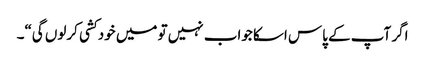
اگر آپ کے پاس اسکا جواب نہیں تو میں خود کشی کرلوں گی“۔